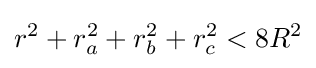
r^{2}+r_{a}^{2}+r_{b}^{2}+r_{c}^{2}<8R^{2}